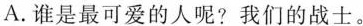
A.谁是最可爱的人呢?我们的战士。